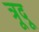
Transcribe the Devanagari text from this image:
त्रूदू